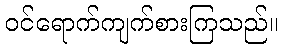
ဝင်ရောက်ကျက်စားကြသည်။